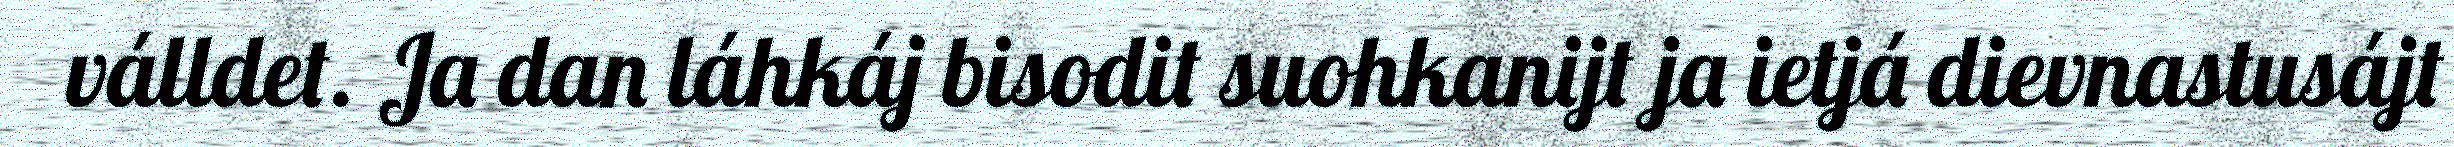
válldet. Ja dan láhkáj bisodit suohkanijt ja ietjá dievnastusájt